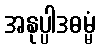
အနုပ္ပါဒဓမ္မံ